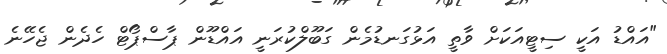
"އައްޑު އަކީ ސިޓީއަކަށް ވާތީ އަޅުގަނޑުމެން ގަބޫލްކުރަނީ އައްޑޫން ޕާސްޕޯޓް ހެދެން ޖެހޭނެ